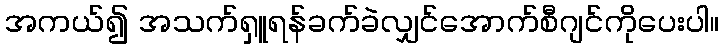
အကယ်၍ အသက်ရှူရန်ခက်ခဲလျှင်အောက်စီဂျင်ကိုပေးပါ။